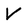
Character: V